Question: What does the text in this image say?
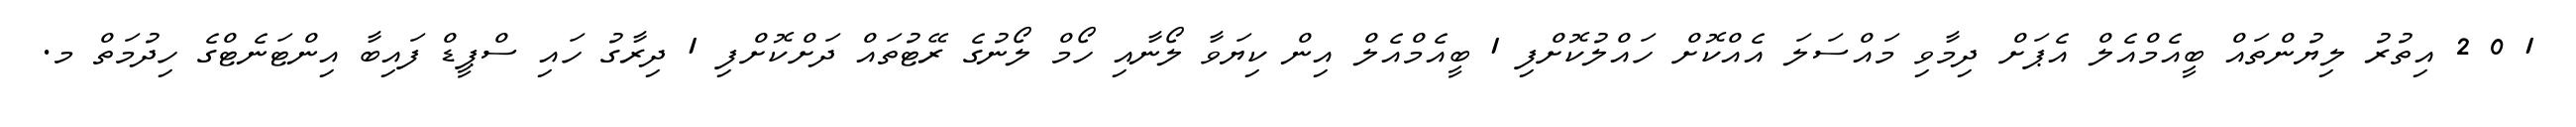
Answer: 1 0 2 އިތުރު ލިޔުންތައް ބީއެމްއެލް އެޕަށް ދިމާވި މައްސަލަ އެއްކޮށް ހައްލުކޮށްފި 1 ބީއެމްއެލް އިން ކިޔަވާ ލޯނާއި ހޯމް ލޯނުގެ ރޭޓުތައް ދަށްކޮށްފި 1 ދިރާގު ހައި ސްޕީޑް ފައިބާ އިންޓަނެޓްގެ ހިދުމަތް މ.